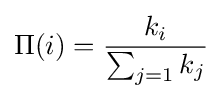
\Pi (i)={\frac {k_{i}}{\sum _{j=1}k_{j}}}